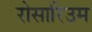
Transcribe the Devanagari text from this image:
रोसारिउम